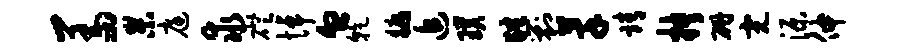
羞杲庭求磴悼血干牖追璞肆剿萃靖抉研完源伸